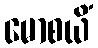
မောစယိံ